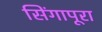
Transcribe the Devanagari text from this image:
सिंगापूरा